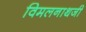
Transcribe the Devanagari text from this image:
विमलनाथजी